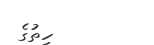
ހިތުގެ